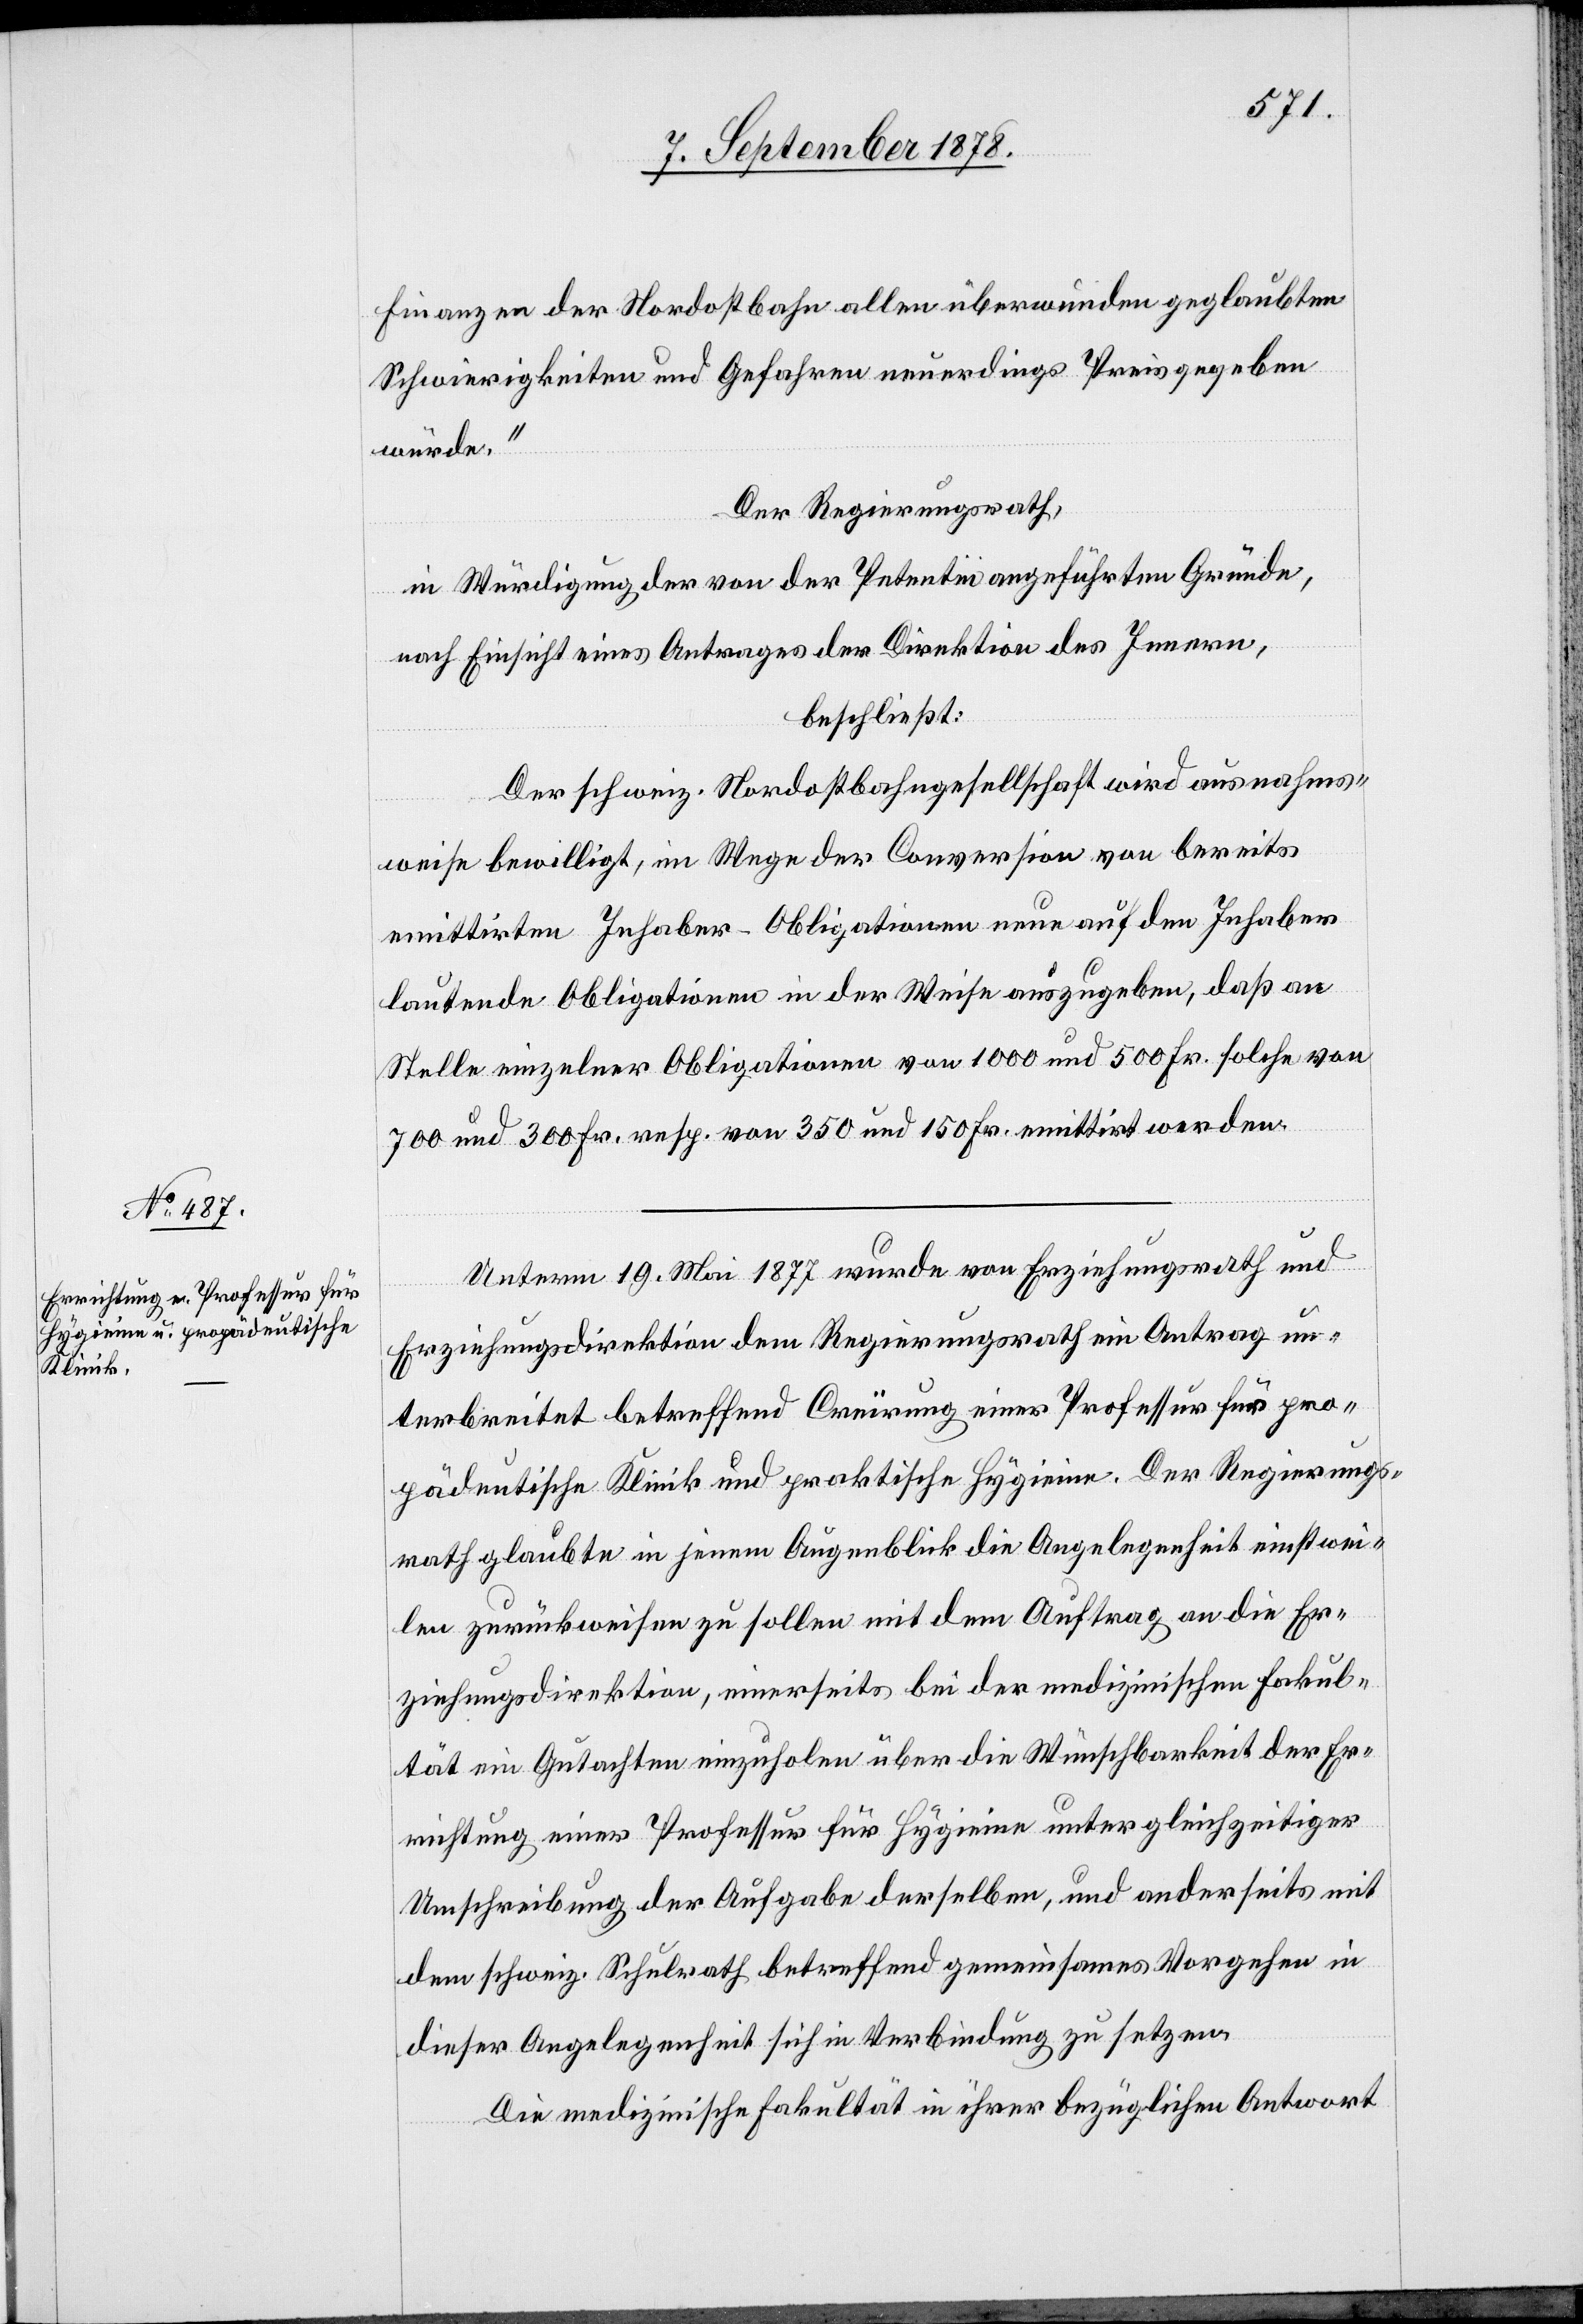
Finanzen der Nordostbahn allen überwunden geglaubten
Schwierigkeiten und Gefahren neuerdings Preis gegeben
würde.“
Der Regierungsrath,
in Würdigung der von der Petentin angeführten Gründe,
nach Einsicht eines Antrages der Direktion des Innern,
beschließt:
Der schweiz. Nordostbahngesellschaft wird ausnahms¬
weise bewilligt, im Wege der Conversion von bereits
emittirten Inhaber-Obligationen neue auf den Inhaber
lautende Obligationen in der Weise auszugeben, daß an
Stelle einzelner Obligationen von 1000 und 500 Fr. solche von
700 und 300 Fr. resp. von 350 und 150 Fr. emittirt werden.
Unterm 19. Mai 1877 wurde von Erziehungsrath und
Erziehungsdirektion dem Regierungsrath ein Antrag un¬
terbreitet betreffend Creïrung einer Professur für pro¬
pädeutische Klinik und praktische Hygieine. Der Regierungs¬
rath glaubte in jenem Augenblick die Angelegenheit einstwei¬
len zurückweisen zu sollen mit dem Auftrag an die Er¬
ziehungsdirektion, einerseits bei der medizinischen Fakul¬
tät ein Gutachten einzuholen über die Wünschbarkeit der Er¬
richtung einer Professur für Hygieine unter gleichzeitiger
Umschreibung der Aufgabe derselben, und anderseits mit
dem schweiz. Schulrath betreffend gemeinsames Vorgehen in
dieser Angelegenheit sich in Verbindung zu setzen.
Die medizinische Fakultät in ihrer bezüglichen Antwort